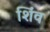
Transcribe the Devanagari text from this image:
शिंव